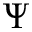
\Psi